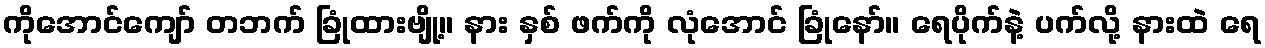
ကိုအောင်ကျော် တဘက် ခြုံထားဗျို့။ နား နှစ် ဖက်ကို လုံအောင် ခြုံနော်။ ရေပိုက်နဲ့ ပက်လို့ နားထဲ ရေ